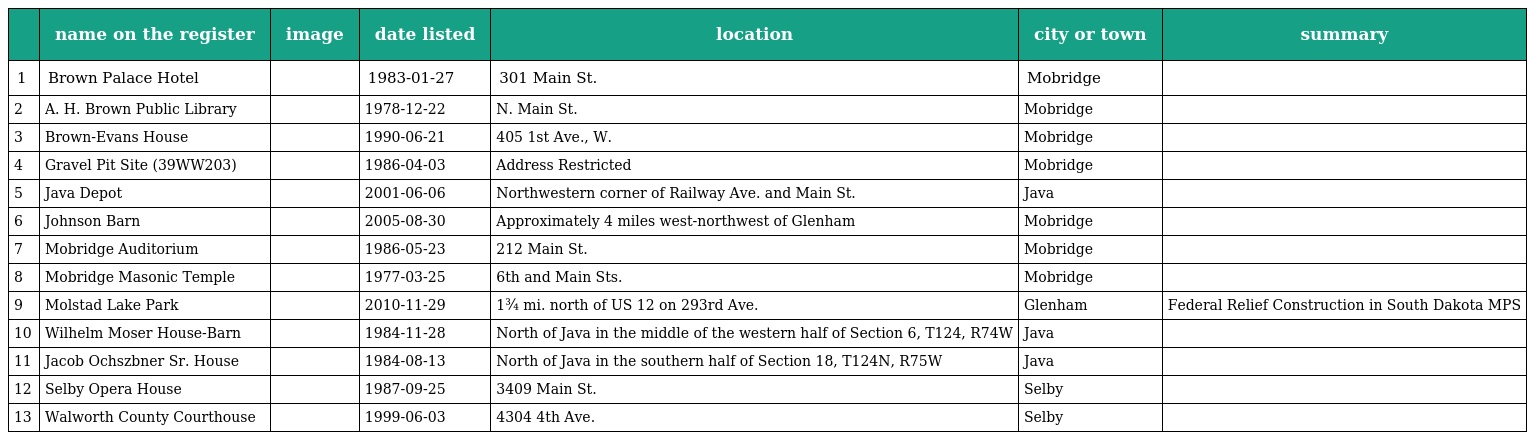
|  | name on the register | image | date listed | location | city or town | summary |
 | --- | --- | --- | --- | --- | --- | --- |
 | 1 | Brown Palace Hotel |  | 1983-01-27 | 301 Main St. | Mobridge |  |
 | 2 | A. H. Brown Public Library |  | 1978-12-22 | N. Main St. | Mobridge |  |
 | 3 | Brown-Evans House |  | 1990-06-21 | 405 1st Ave., W. | Mobridge |  |
 | 4 | Gravel Pit Site (39WW203) |  | 1986-04-03 | Address Restricted | Mobridge |  |
 | 5 | Java Depot |  | 2001-06-06 | Northwestern corner of Railway Ave. and Main St. | Java |  |
 | 6 | Johnson Barn |  | 2005-08-30 | Approximately 4 miles west-northwest of Glenham | Mobridge |  |
 | 7 | Mobridge Auditorium |  | 1986-05-23 | 212 Main St. | Mobridge |  |
 | 8 | Mobridge Masonic Temple |  | 1977-03-25 | 6th and Main Sts. | Mobridge |  |
 | 9 | Molstad Lake Park |  | 2010-11-29 | 1¾ mi. north of US 12 on 293rd Ave. | Glenham | Federal Relief Construction in South Dakota MPS |
 | 10 | Wilhelm Moser House-Barn |  | 1984-11-28 | North of Java in the middle of the western half of Section 6, T124, R74W | Java |  |
 | 11 | Jacob Ochszbner Sr. House |  | 1984-08-13 | North of Java in the southern half of Section 18, T124N, R75W | Java |  |
 | 12 | Selby Opera House |  | 1987-09-25 | 3409 Main St. | Selby |  |
 | 13 | Walworth County Courthouse |  | 1999-06-03 | 4304 4th Ave. | Selby |  |